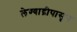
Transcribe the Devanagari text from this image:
लेण्याद्रीपासून